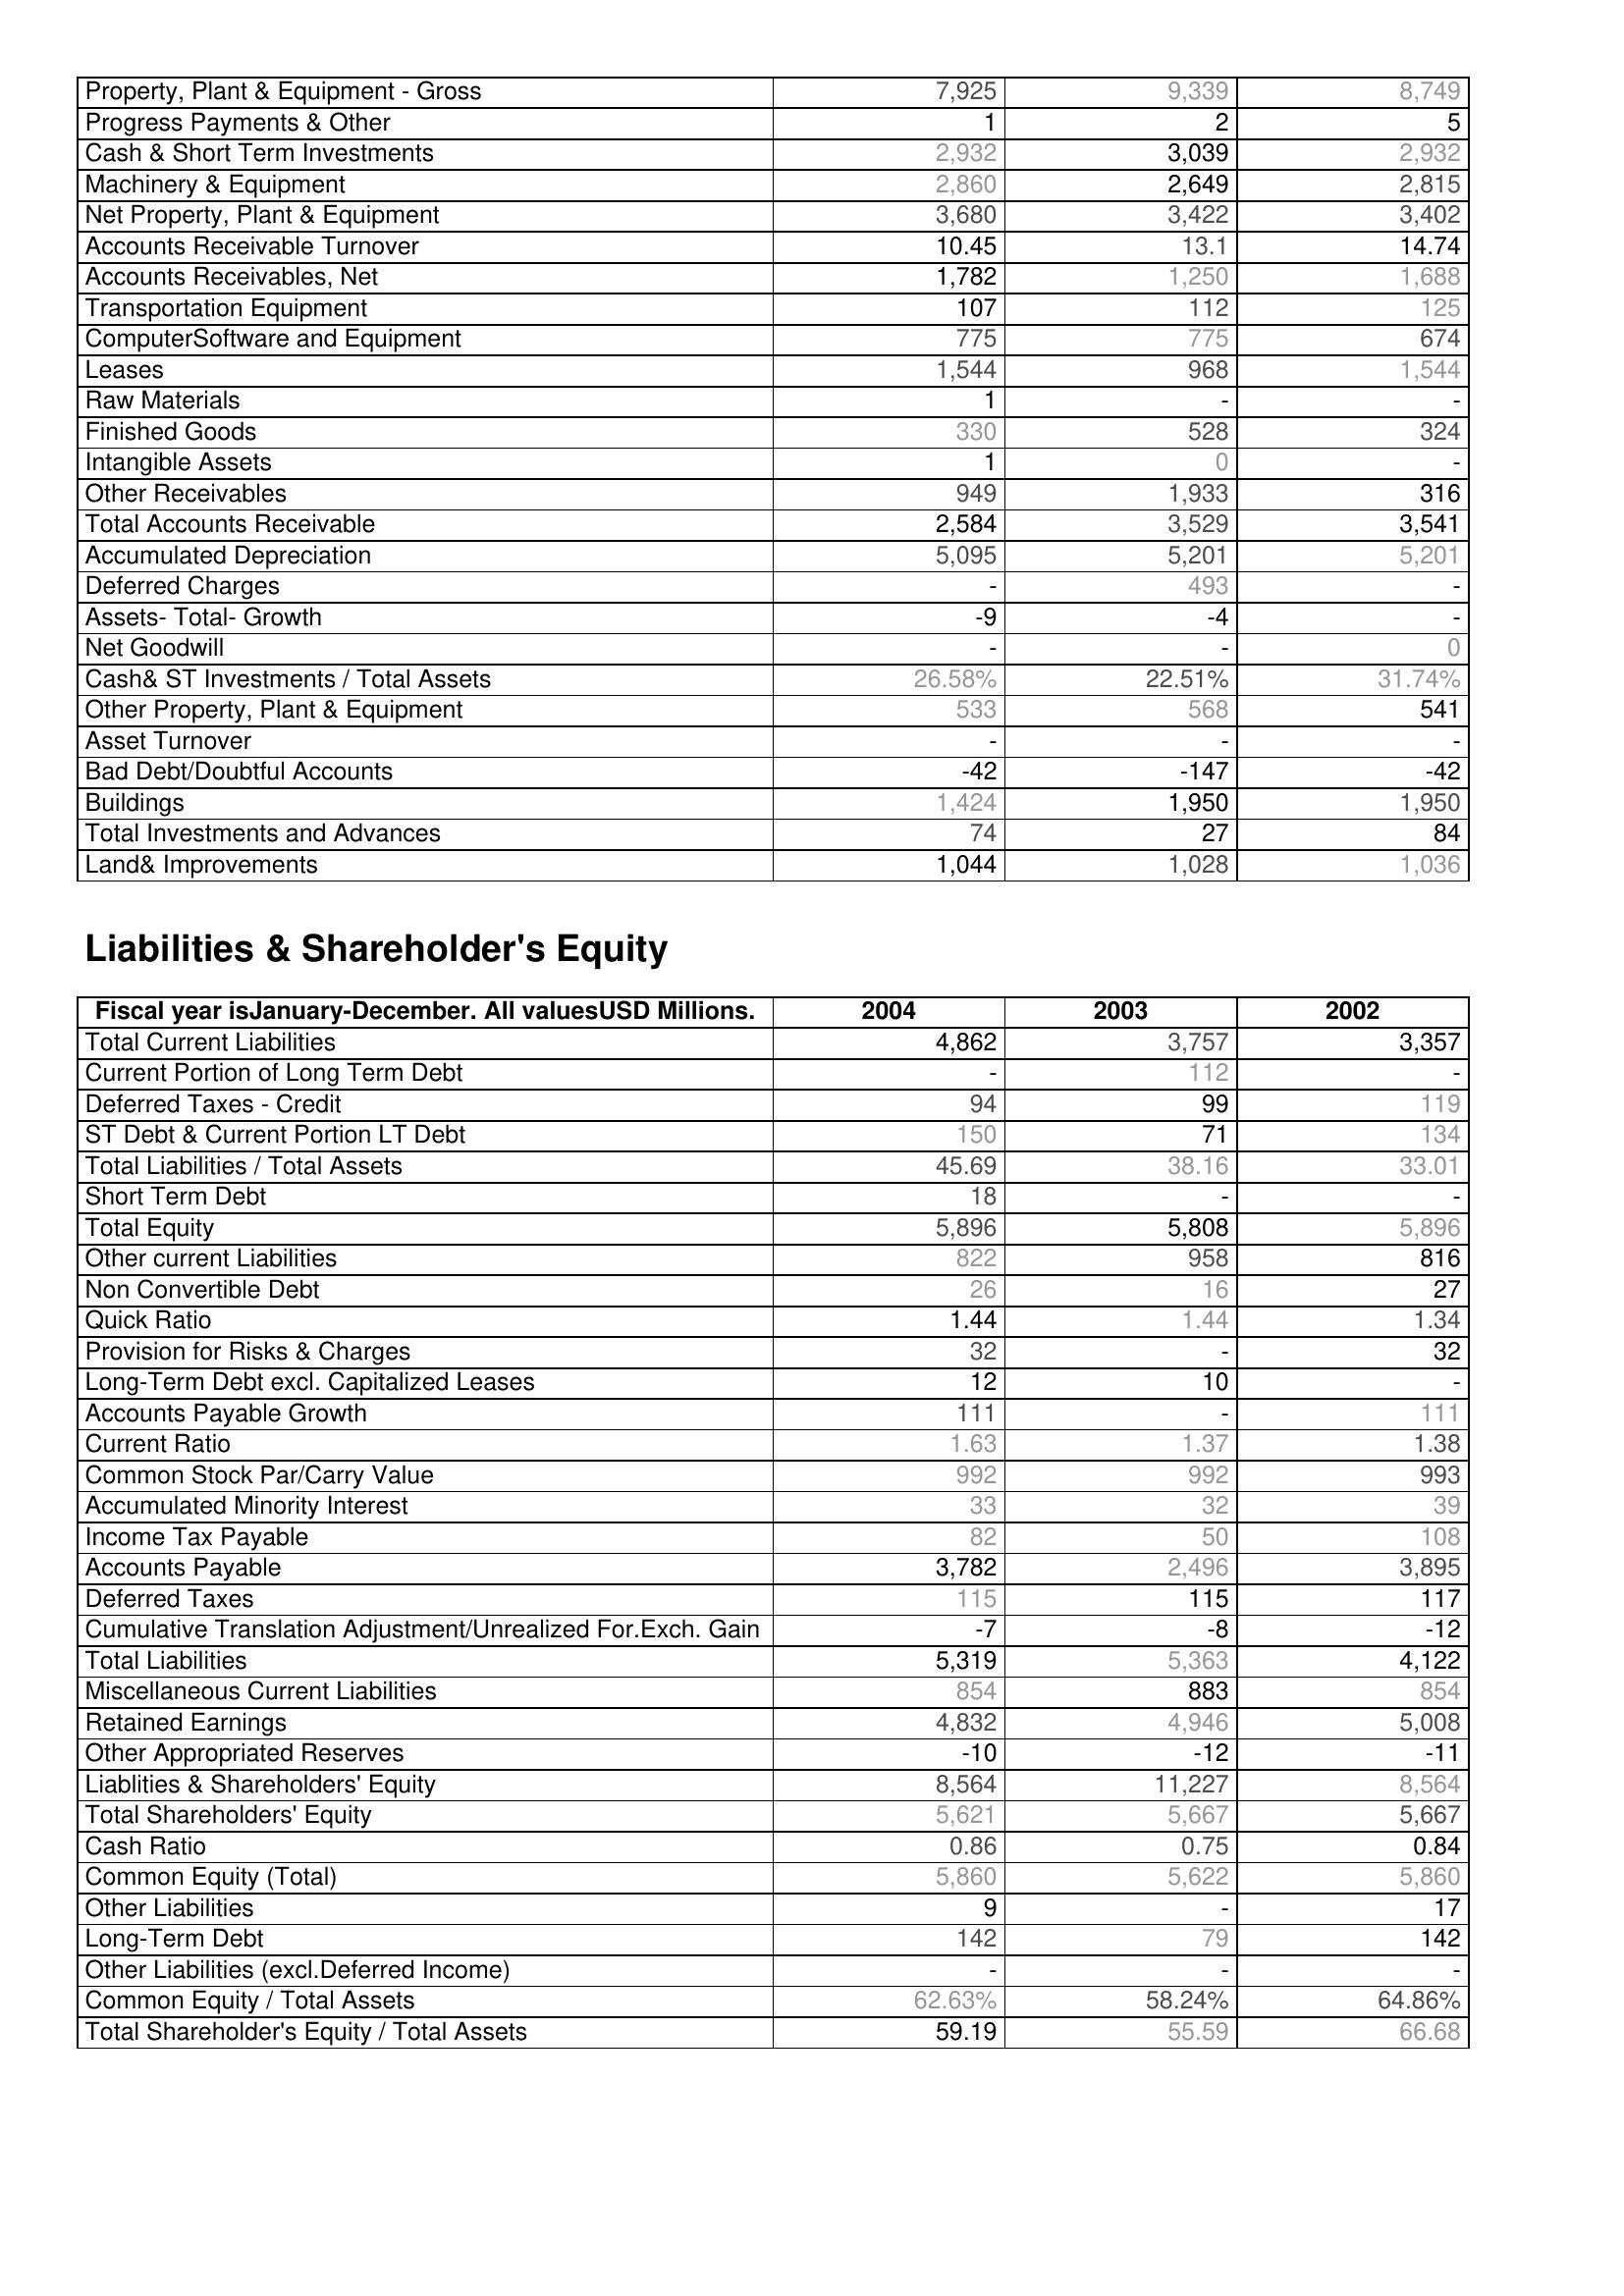
2004: Assets: Property, Plant & Equipment - Gross : 7,925
Progress Payments & Other: 1
Cash & Short Term Investments: 2,932
Machinery & Equipment: 2,860
Net Property, Plant & Equipment: 3,680
Accounts Receivable Turnover: 10.45
Accounts Receivables, Net: 1,782
Transportation Equipment: 107
ComputerSoftware and Equipment: 775
Leases: 1,544
Raw Materials: 1
Finished Goods: 330
Intangible Assets: 1
Other Receivables: 949
Total Accounts Receivable: 2,584
Accumulated Depreciation: 5,095
Deferred Charges: -
Assets- Total- Growth: -9
Net Goodwill: -
Cash& ST Investments / Total Assets: 26.58%
Other Property, Plant & Equipment: 533
Asset Turnover: -
Bad Debt/Doubtful Accounts: -42
Buildings: 1,424
Total Investments and Advances: 74
Land& Improvements: 1,044
Liabilities & Shareholder's Equity: Total Current Liabilities: 4,862
Current Portion of Long Term Debt: -
Deferred Taxes - Credit: 94
ST Debt & Current Portion LT Debt: 150
Total Liabilities / Total Assets: 45.69
Short Term Debt: 18
Total Equity: 5,896
Other current Liabilities: 822
Non Convertible Debt: 26
Quick Ratio: 1.44
Provision for Risks & Charges: 32
Long-Term Debt excl. Capitalized Leases: 12
Accounts Payable Growth: 111
Current Ratio: 1.63
Common Stock Par/Carry Value: 992
Accumulated Minority Interest: 33
Income Tax Payable: 82
Accounts Payable: 3,782
Deferred Taxes: 115
Cumulative Translation Adjustment/Unrealized For.Exch. Gain: -7
Total Liabilities: 5,319
Miscellaneous Current Liabilities: 854
Retained Earnings: 4,832
Other Appropriated Reserves: -10
Liablities & Shareholders' Equity: 8,564
Total Shareholders' Equity: 5,621
Cash Ratio: 0.86
Common Equity (Total): 5,860
Other Liabilities: 9
Long-Term Debt: 142
Other Liabilities (excl.Deferred Income): -
Common Equity / Total Assets: 62.63%
Total Shareholder's Equity / Total Assets: 59.19
2003: Assets: Property, Plant & Equipment - Gross : 9,339
Progress Payments & Other: 2
Cash & Short Term Investments: 3,039
Machinery & Equipment: 2,649
Net Property, Plant & Equipment: 3,422
Accounts Receivable Turnover: 13.1
Accounts Receivables, Net: 1,250
Transportation Equipment: 112
ComputerSoftware and Equipment: 775
Leases: 968
Raw Materials: -
Finished Goods: 528
Intangible Assets: 0
Other Receivables: 1,933
Total Accounts Receivable: 3,529
Accumulated Depreciation: 5,201
Deferred Charges: 493
Assets- Total- Growth: -4
Net Goodwill: -
Cash& ST Investments / Total Assets: 22.51%
Other Property, Plant & Equipment: 568
Asset Turnover: -
Bad Debt/Doubtful Accounts: -147
Buildings: 1,950
Total Investments and Advances: 27
Land& Improvements: 1,028
Liabilities & Shareholder's Equity: Total Current Liabilities: 3,757
Current Portion of Long Term Debt: 112
Deferred Taxes - Credit: 99
ST Debt & Current Portion LT Debt: 71
Total Liabilities / Total Assets: 38.16
Short Term Debt: -
Total Equity: 5,808
Other current Liabilities: 958
Non Convertible Debt: 16
Quick Ratio: 1.44
Provision for Risks & Charges: -
Long-Term Debt excl. Capitalized Leases: 10
Accounts Payable Growth: -
Current Ratio: 1.37
Common Stock Par/Carry Value: 992
Accumulated Minority Interest: 32
Income Tax Payable: 50
Accounts Payable: 2,496
Deferred Taxes: 115
Cumulative Translation Adjustment/Unrealized For.Exch. Gain: -8
Total Liabilities: 5,363
Miscellaneous Current Liabilities: 883
Retained Earnings: 4,946
Other Appropriated Reserves: -12
Liablities & Shareholders' Equity: 11,227
Total Shareholders' Equity: 5,667
Cash Ratio: 0.75
Common Equity (Total): 5,622
Other Liabilities: -
Long-Term Debt: 79
Other Liabilities (excl.Deferred Income): -
Common Equity / Total Assets: 58.24%
Total Shareholder's Equity / Total Assets: 55.59
2002: Assets: Property, Plant & Equipment - Gross : 8,749
Progress Payments & Other: 5
Cash & Short Term Investments: 2,932
Machinery & Equipment: 2,815
Net Property, Plant & Equipment: 3,402
Accounts Receivable Turnover: 14.74
Accounts Receivables, Net: 1,688
Transportation Equipment: 125
ComputerSoftware and Equipment: 674
Leases: 1,544
Raw Materials: -
Finished Goods: 324
Intangible Assets: -
Other Receivables: 316
Total Accounts Receivable: 3,541
Accumulated Depreciation: 5,201
Deferred Charges: -
Assets- Total- Growth: -
Net Goodwill: 0
Cash& ST Investments / Total Assets: 31.74%
Other Property, Plant & Equipment: 541
Asset Turnover: -
Bad Debt/Doubtful Accounts: -42
Buildings: 1,950
Total Investments and Advances: 84
Land& Improvements: 1,036
Liabilities & Shareholder's Equity: Total Current Liabilities: 3,357
Current Portion of Long Term Debt: -
Deferred Taxes - Credit: 119
ST Debt & Current Portion LT Debt: 134
Total Liabilities / Total Assets: 33.01
Short Term Debt: -
Total Equity: 5,896
Other current Liabilities: 816
Non Convertible Debt: 27
Quick Ratio: 1.34
Provision for Risks & Charges: 32
Long-Term Debt excl. Capitalized Leases: -
Accounts Payable Growth: 111
Current Ratio: 1.38
Common Stock Par/Carry Value: 993
Accumulated Minority Interest: 39
Income Tax Payable: 108
Accounts Payable: 3,895
Deferred Taxes: 117
Cumulative Translation Adjustment/Unrealized For.Exch. Gain: -12
Total Liabilities: 4,122
Miscellaneous Current Liabilities: 854
Retained Earnings: 5,008
Other Appropriated Reserves: -11
Liablities & Shareholders' Equity: 8,564
Total Shareholders' Equity: 5,667
Cash Ratio: 0.84
Common Equity (Total): 5,860
Other Liabilities: 17
Long-Term Debt: 142
Other Liabilities (excl.Deferred Income): -
Common Equity / Total Assets: 64.86%
Total Shareholder's Equity / Total Assets: 66.68